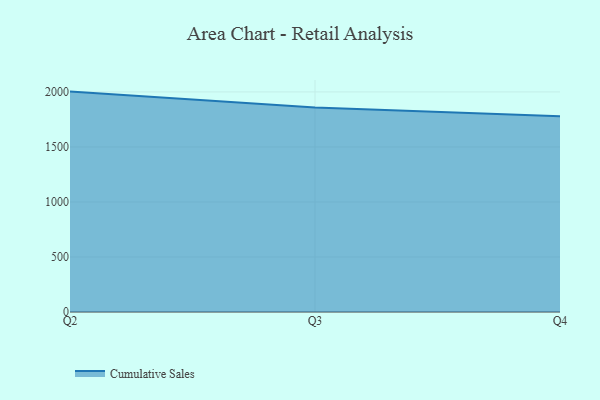
{"axis": {"x": "Quarter", "y": "LTV (USD)"}, "legend": ["Cumulative Sales"], "data": [{"x": "Q2", "y": 2003.1, "type": "Cumulative Sales"}, {"x": "Q3", "y": 1859.0, "type": "Cumulative Sales"}, {"x": "Q4", "y": 1779.9, "type": "Cumulative Sales"}]}